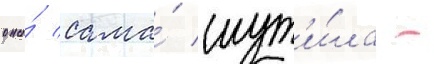
она́ сама́ шут'и́ла -